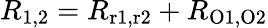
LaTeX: R_{1,2}=R_{\mathrm{r1,r2}}+R_{\mathrm{O1,O2}}